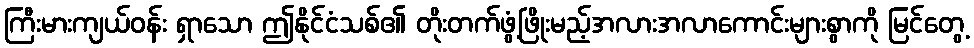
ကြီးမားကျယ်ဝန်း ရှာသော ဤနိုင်ငံသစ်၏ တိုးတက်ဖွံ့ဖြိုးမည့်အလားအလာကောင်းများစွာကို မြင်တွေ့